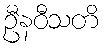
ဦနဝီသတိ